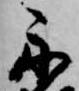
舟